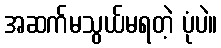
အဆက်မသွယ်မရတဲ့ ပုံပဲ။